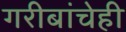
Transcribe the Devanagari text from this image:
गरीबांचेही